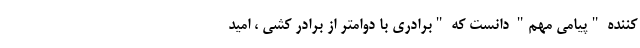
کننده "پیامی مهم" دانست که "برادری با دوامتر از برادر کشی ، امید